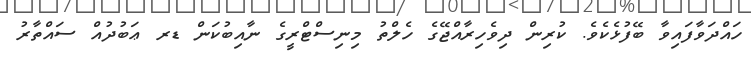
ހައްދަވާފައިވާ ބޭފުޅެކެވެ. ކުރިން ދިވެހިރާއްޖޭގެ ހެލްތު މިނިސްޓްރީގެ ނާއިބުކަން ޑރ ޢަބުދުއް ސައްތާރު